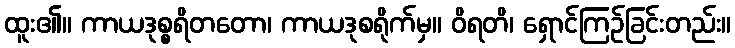
ထူး၏။ ကာယဒုစ္စရိတတော၊ ကာယဒုစရိုက်မှ။ ဝိရတိ၊ ရှောင်ကြဉ်ခြင်းတည်း။